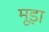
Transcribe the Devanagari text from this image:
मूड़ा